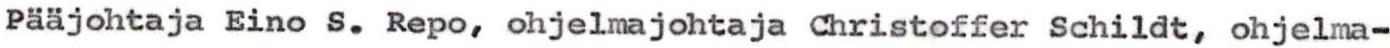
Pääjohtaja Eino S. Repo, ohjelmajohtaja Christoffer Schildt, ohjelma-